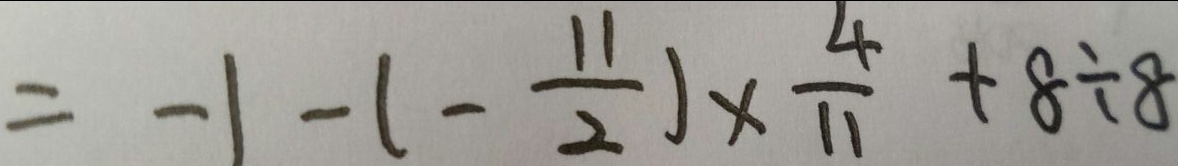
= - 1 - ( - \frac { 1 1 } { 2 } ) \times \frac { 4 } { 1 1 } + 8 \div 8